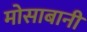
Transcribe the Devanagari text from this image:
मोसाबानी